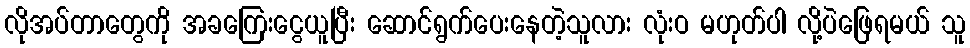
လိုအပ်တာတွေကို အခကြေးငွေယူပြီး ဆောင်ရွက်ပေးနေတဲ့သူလား လုံးဝ မဟုတ်ပါ လို့ပဲဖြေရမယ် သူ